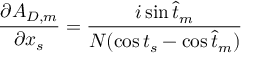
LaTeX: { \frac { \partial A _ { D , m } } { \partial x _ { s } } } = { \frac { i \sin \hat { t } _ { m } } { N ( \cos t _ { s } - \cos \hat { t } _ { m } ) } }